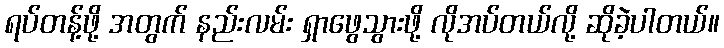
ရပ်တန့်ဖို့ အတွက် နည်းလမ်း ရှာဖွေသွားဖို့ လိုအပ်တယ်လို့ ဆိုခဲ့ပါတယ်။